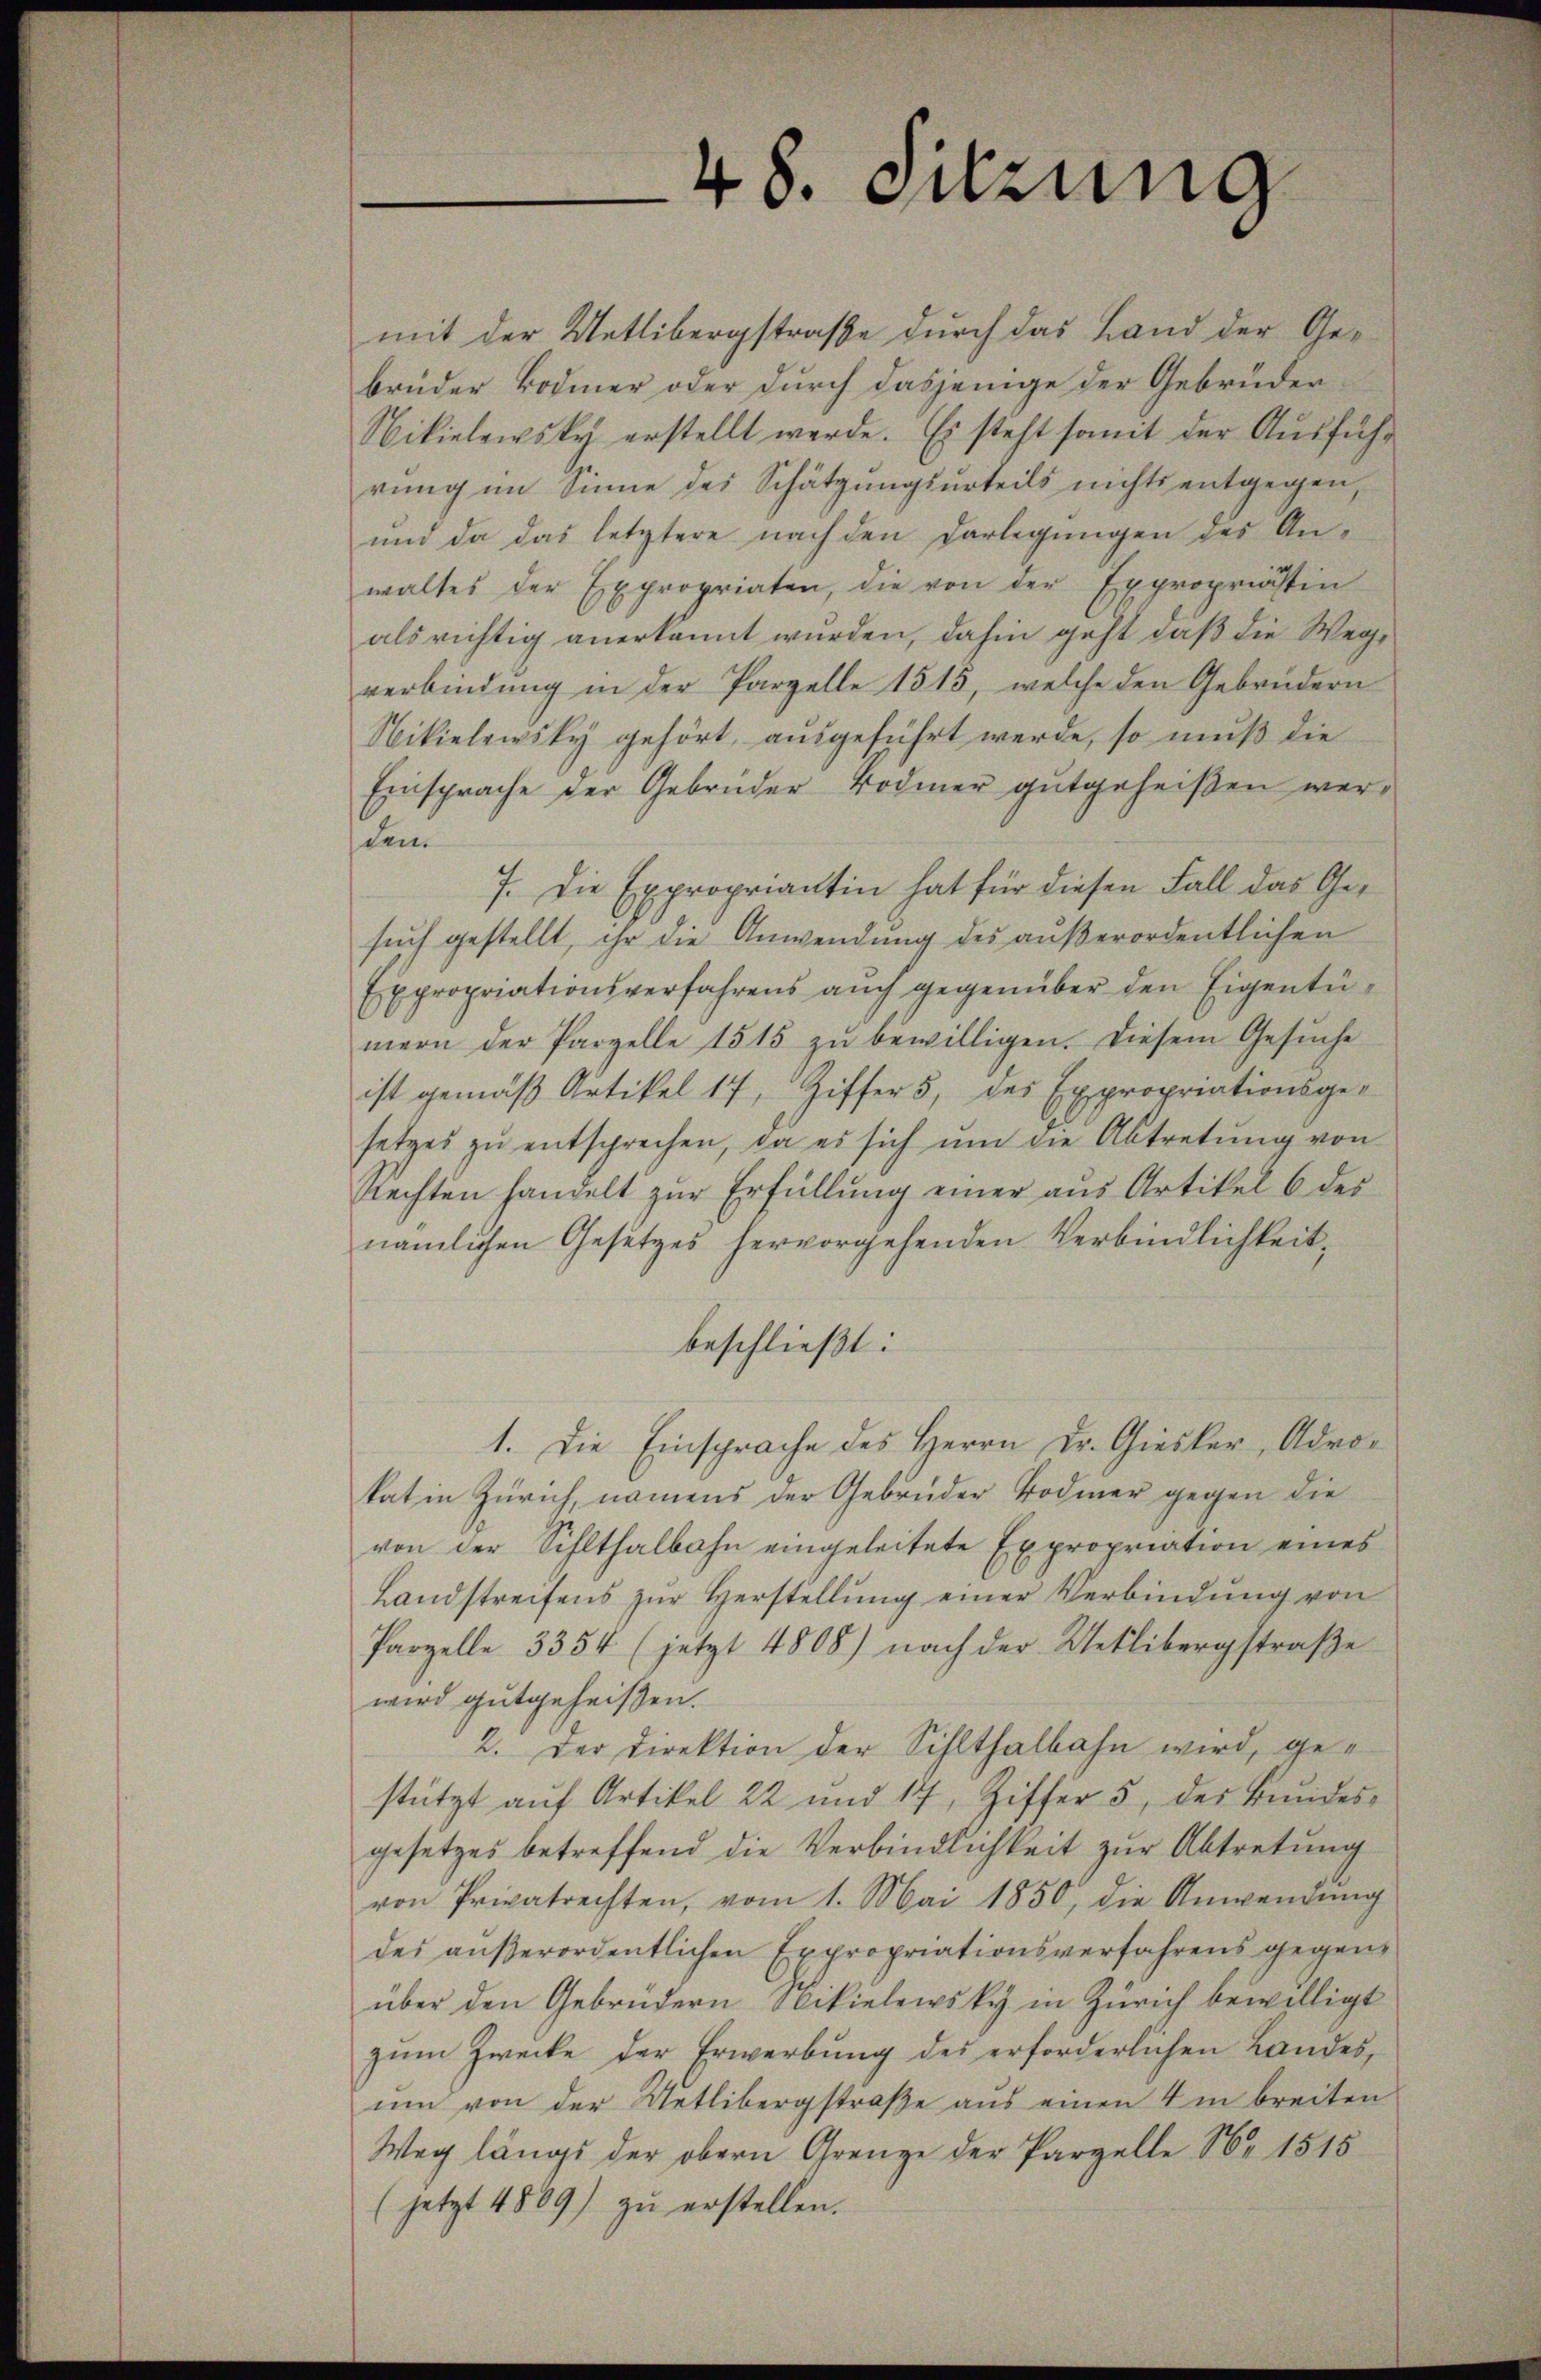
48. Setzung

mit der Uetlibergstraße durch das Land der Gebrüder Bodmer oder durch dasjenige der Gebrüder¬
Nikielewsky erstellt werde. Es steht somit der Aŭsführ
rung im Sinne des Schätzungsurteils nichts entgegen,
und da das letztere nach den Darlegungen des Anwaltes der Expropriaten, die von der Expropriastin
als richtig anerkannt wurden, dahin geht daß die Wegverbindung in der Parzelle 1815, welche den Gebrüdern
Nikielewsky gehört, aŭsgeführt werde, so muß die
Einsprache der Gebrüder Bodmer gutgeheißen wer-
den
7. Die Expropriantin hat für diesen Fall das Gesuch gestellt, ihr die Anwendung des außerordentlichen
Expropriationsverfahrens aŭch gegenüber den Eigentümern der Parzelle 1515 zŭ bewilligen. Diesem Gesŭche
ist gemäß Artikel 17, Ziffer 5 des Expropriationsge-
setzes zŭ entsprechen, da es sich ŭm die Abtretŭng von
Rechten handelt zŭr Erfüllung einer aus Artikel 6 des
nämlichen Gesetzes hervorgehenden Verbindlichkeit,
beschließt:
1. Die Einsprache des Herrn Dr. Giesker, Adrokat in Zürich, namens der Gebrüder Bodmer gegen die
von der Sihlthalbahn eingeleitete Expropriation eines
Landstreifens zŭr Herstellŭng einer Verbindung von
Parzelle 3354 (jetzt 4808) nach der Uetlibergstraβe
wird gutgeheißen.
2. Der Direktion der Sihlthalbahn wird, gestützt auf Artikel 22 und 17, Ziffer 5 des Bŭndes-
gesetzes betreffend die Verbindlichkeit zur Abtretung
von Privatrechten, vom 1. Mai 1850, die Anwendŭng
des aŭβerordentlichen Expropriationsverfahrens gegen-
über den Gebrüdern Nikielewsky in Zürich bewilligt
zum Zwecke der Erwerbung des erforderlichen Landes,
ŭm von der Uetlibergstraβe aŭs einen 4 in breiten
Weg längs der obern Grenze der Parzelle Nr. 1515
(jetzt 4809) zŭ erstellen.